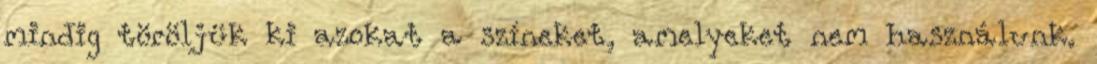
mindig töröljük ki azokat a színeket, amelyeket nem használunk.